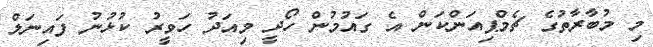
މި މުބާރާތުގެ ޗެމްޕިއަންކަން އެ ގައުމުން ހޯދީ މިއަދު ހަވީރު ކުޅުނު ފައިނަލް